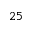
2 5